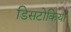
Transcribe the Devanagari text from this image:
डिसटोकिया